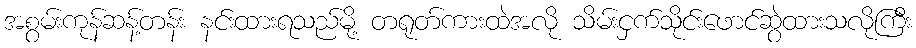
အစွမ်းကုန်ဆန့်တန်း နင်းထားရသည်မို့ တရုတ်ကားထဲအလို သိမ်းငှက်သိုင်းဖောင်ဆွဲထားသလိုကြီး